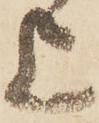
上